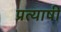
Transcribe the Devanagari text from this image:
प्रत्याषी